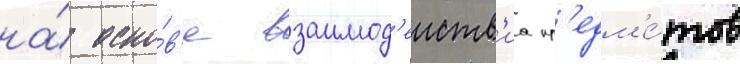
на́ осно́в'е взаимод'еиств'иа пр'едм'е́тов